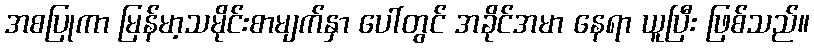
အစပြုကာ မြန်မာ့သမိုင်းစာမျက်နှာ ပေါ်တွင် အခိုင်အမာ နေရာ ယူပြီး ဖြစ်သည်။